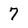
Character: 7